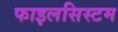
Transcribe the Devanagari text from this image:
फाइलसिस्टम